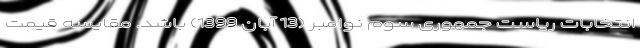
انتخابات ریاست جمهوری سوم نوامبر (13 آبان 1399) باشد. مقایسه قیمت